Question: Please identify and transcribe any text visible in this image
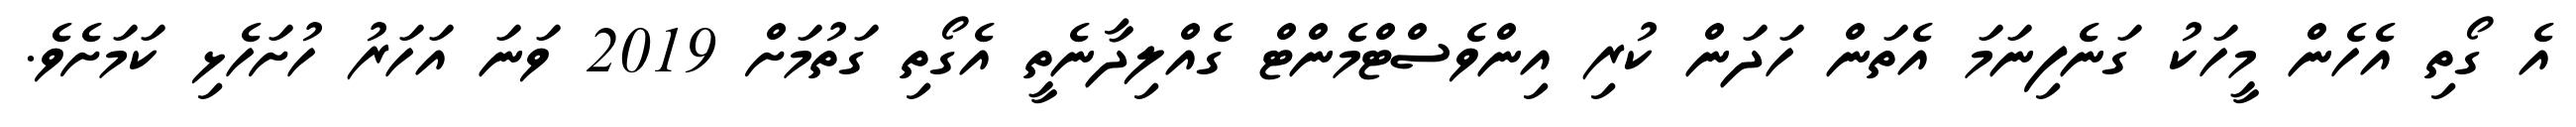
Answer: އެ ގޯތި އެހެން މީހަކު ގަނެފިނަމަ އެތަން ހަދަން ކުރި އިންވެސްޓްމެންޓް ގެއްލިދާނެތީ އެގޯތި ގަތުމަށް 2019 ވަނަ އަހަރު ހުށަހެޅި ކަމަށެވެ.